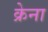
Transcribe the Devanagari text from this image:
क्रेना